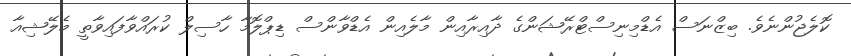
ކޮލެޖުންނެވެ. ބިޒްނަސް އެޑްމިނިސްޓްރޭޝަންގެ ދާއިރާއިން މާލެއިން އެޑްވާންސް ޑިޕްލޮމާ ހާސިލް ކުރައްވާފައިވާތީ މެލޭޝިއާ